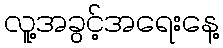
လူ့အခွင့်အရေးနေ့